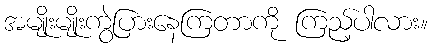
အမျိုးမျိုးကွဲပြားနေကြတာကို ကြည့်ပါလား။